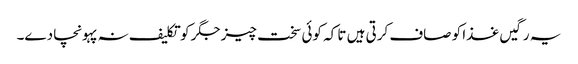
یہ رگیں غذا کو صاف کرتی ہیں تا کہ کوئی سخت چیز جگر کو تکلیف نہ پہونچا دے۔